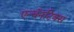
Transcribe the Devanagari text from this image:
एन्चॅनटिक्स